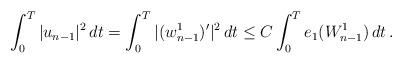
LaTeX: \begin{align*}\int_0^T |u_{n-1}|^2 \,dt = \int_0^T |(w_{n-1}^1)^{\prime}|^2 \,dt \le C\int_0^T e_1(W^1_{n-1}) \,dt \,.\end{align*}